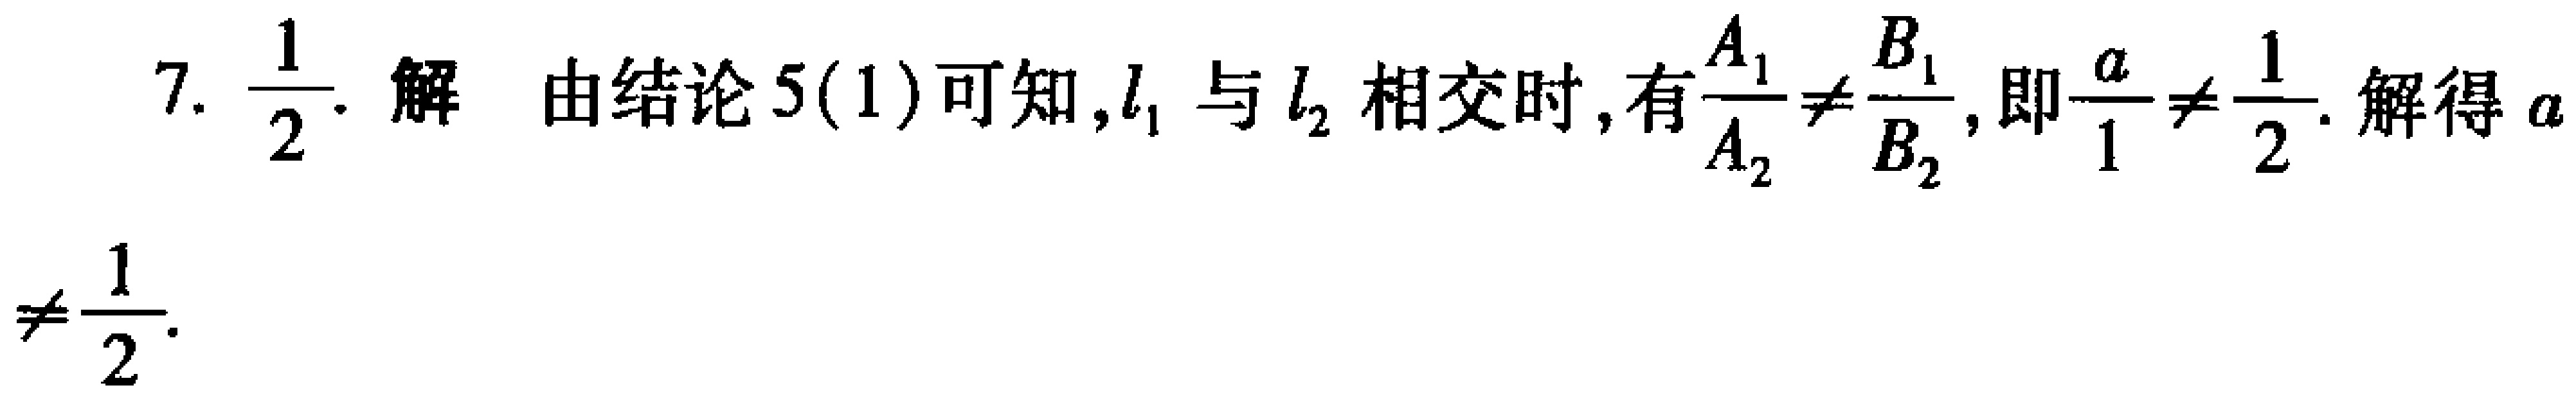
7. $\dfrac{1}{2}$. 解 由结论 5(1)可知, $l_{1}$ 与 $l_{2}$ 相交时, 有$\dfrac{A_{1}}{A_{2}}\neq\dfrac{B_{1}}{B_{2}}$, 即$\dfrac{a}{1}\neq\dfrac{1}{2}$. 解得 $a\neq\dfrac{1}{2}$.